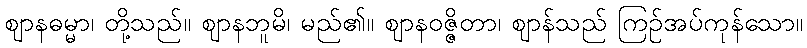
ဈာနဓမ္မာ၊ တို့သည်။ ဈာနဘူမိ၊ မည်၏။ ဈာနဝဇ္ဇိတာ၊ ဈာန်သည် ကြဉ်အပ်ကုန်သော။